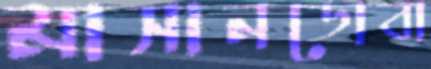
মাসানডোবা